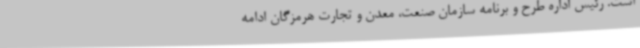
است. رئیس اداره طرح و برنامه سازمان صنعت، معدن و تجارت هرمزگان ادامه